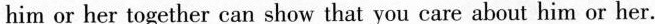
him or her together can show that you care about him or her